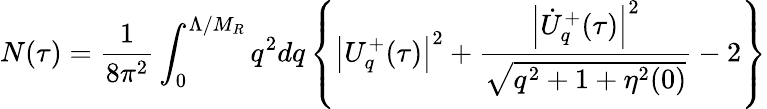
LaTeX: N(\tau)=\frac{1}{8\pi^{2}}\int_{0}^{\Lambda/M_{R}}q^{2}dq\left\{ \left|U_{q}^{+}(\tau)\right|^{2}+\frac{\left|\dot{U}_{q}^{+}(\tau)\right|^{2}}{\sqrt{q^{2}+1+\eta^{2}(0)}}-2\right\}